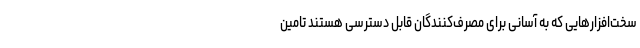
سخت‌افزارهایی که به آسانی برای مصرف‌کنندگان قابل دسترسی هستند تامین